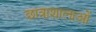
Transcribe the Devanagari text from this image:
छात्राशालाओं